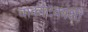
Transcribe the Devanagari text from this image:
वाकाटकांशी